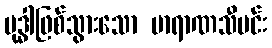
ဗုဒ္ဓါဖြစ်သွားသော ဗာရာဏသီမင်း